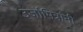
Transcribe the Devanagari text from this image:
उर्जामित्रांनी